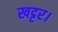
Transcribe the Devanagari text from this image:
खट्टर।